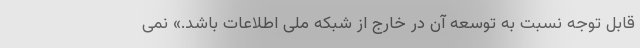
قابل توجه نسبت به توسعه آن در خارج از شبکه ملی اطلاعات باشد.» نمی